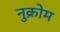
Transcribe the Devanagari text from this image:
नुक्रोम